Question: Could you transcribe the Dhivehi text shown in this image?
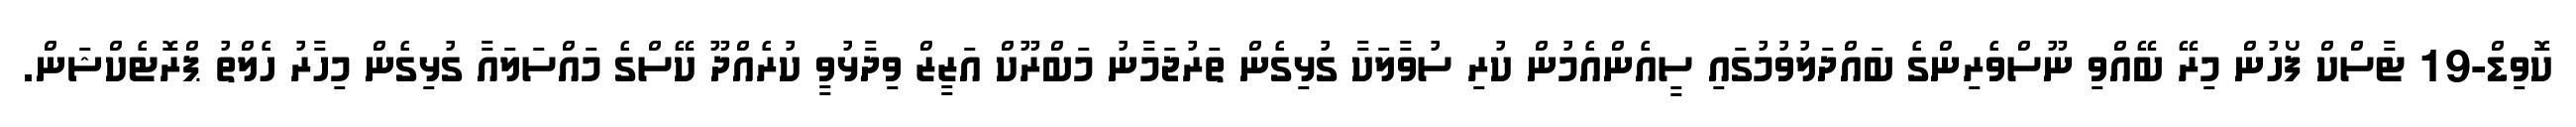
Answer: ކޮވިޑް-19 ޓާސްކް ފޯހުން މިރޭ ބޭއްވި ނޫސްވެރިންގެ ބައްދަލުވުމުގައި ސީއެންއެމުން ކުރި ސުވާލަކާ ގުޅިގެން ތަރުޖަމާނު މަބްރޫކް އަޒީޒް ވިދާޅުވީ ކުރެއްދޫ ކޭސްގެ މައްސަލައާ ގުޅިގެން މިހާރު ހެލްތު ޕްރޮޓެކްޝަން.